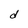
Character: d